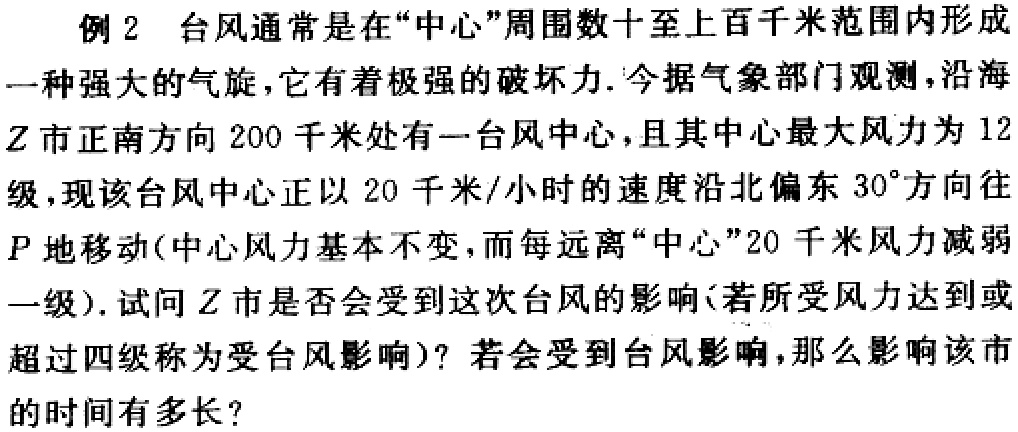
例2 台风通常是在“中心”周围数十至上百千米范围内形成一种强大的气旋，它有着极强的破坏力.今据气象部门观测，沿海$Z$市正南方向$200$千米处有一台风中心，且其中心最大风力为$12$级，现该台风中心正以$20$千米/小时的速度沿北偏东$30^{\circ}$方向往$P$地移动(中心风力基本不变，而每远离“中心”$20$千米风力减弱一级).试问$Z$市是否会受到这次台风的影响(若所受风力达到或超过四级称为受台风影响)？若会受到台风影响，那么影响该市的时间有多长？